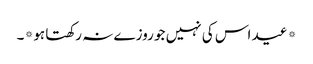
*عید اس کی نہیں جو روزے نہ رکھتا ہو*۔